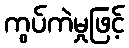
ကွပ်ကဲမှုဖြင့်